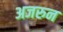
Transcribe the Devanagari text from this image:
अजरुन